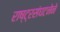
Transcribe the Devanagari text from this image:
राष्ट्रसंघटनेने